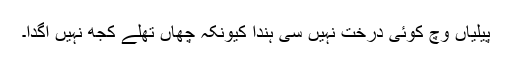
پیلیاں وچ کوئی درخت نہیں سی ہُندا کیونکہ چھاں تھلے کُجھ نہیں اُگدا۔